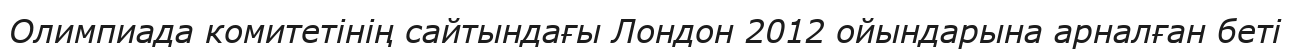
Олимпиада комитетінің сайтындағы Лондон 2012 ойындарына арналған беті